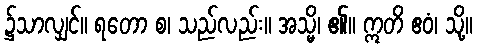
၌သာလျှင်။ ရတော စ၊ သည်လည်း။ အသ္မိ၊ ၏။ ဣတိ ဧဝံ၊ သို့။